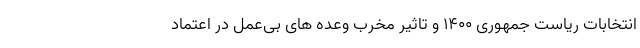
انتخابات ریاست جمهوری ١۴٠٠ و تاثیر مخرب وعده های بی‌عمل در اعتماد